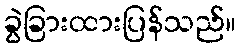
ခွဲခြားထားပြန်သည်။